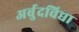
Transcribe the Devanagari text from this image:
अर्बुदविद्या